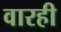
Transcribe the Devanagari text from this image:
वारही